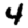
Digit: 4